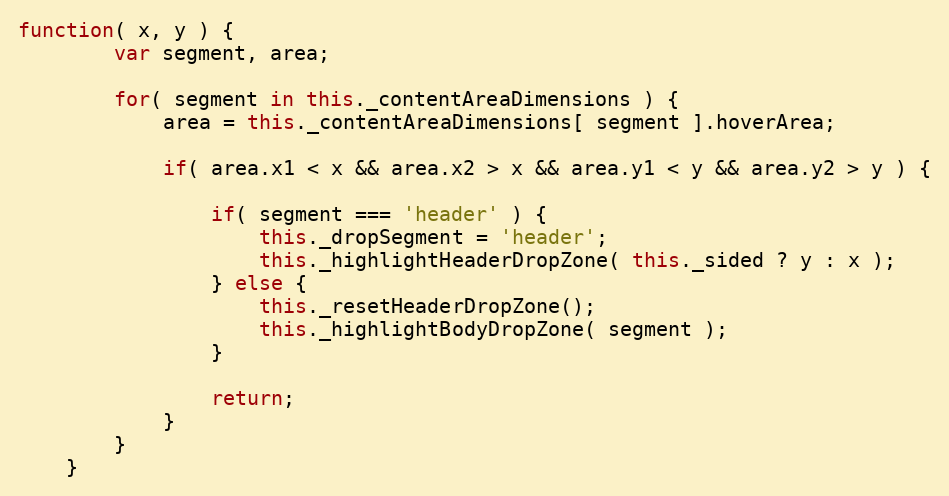
Language: JavaScript
function( x, y ) {
		var segment, area;

		for( segment in this._contentAreaDimensions ) {
			area = this._contentAreaDimensions[ segment ].hoverArea;

			if( area.x1 < x && area.x2 > x && area.y1 < y && area.y2 > y ) {

				if( segment === 'header' ) {
					this._dropSegment = 'header';
					this._highlightHeaderDropZone( this._sided ? y : x );
				} else {
					this._resetHeaderDropZone();
					this._highlightBodyDropZone( segment );
				}

				return;
			}
		}
	}